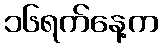
၁၆ရက်နေ့က